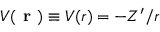
V ( \textbf { r } ) \equiv V ( r ) = - Z ^ { \prime } / r